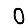
Digit: 0